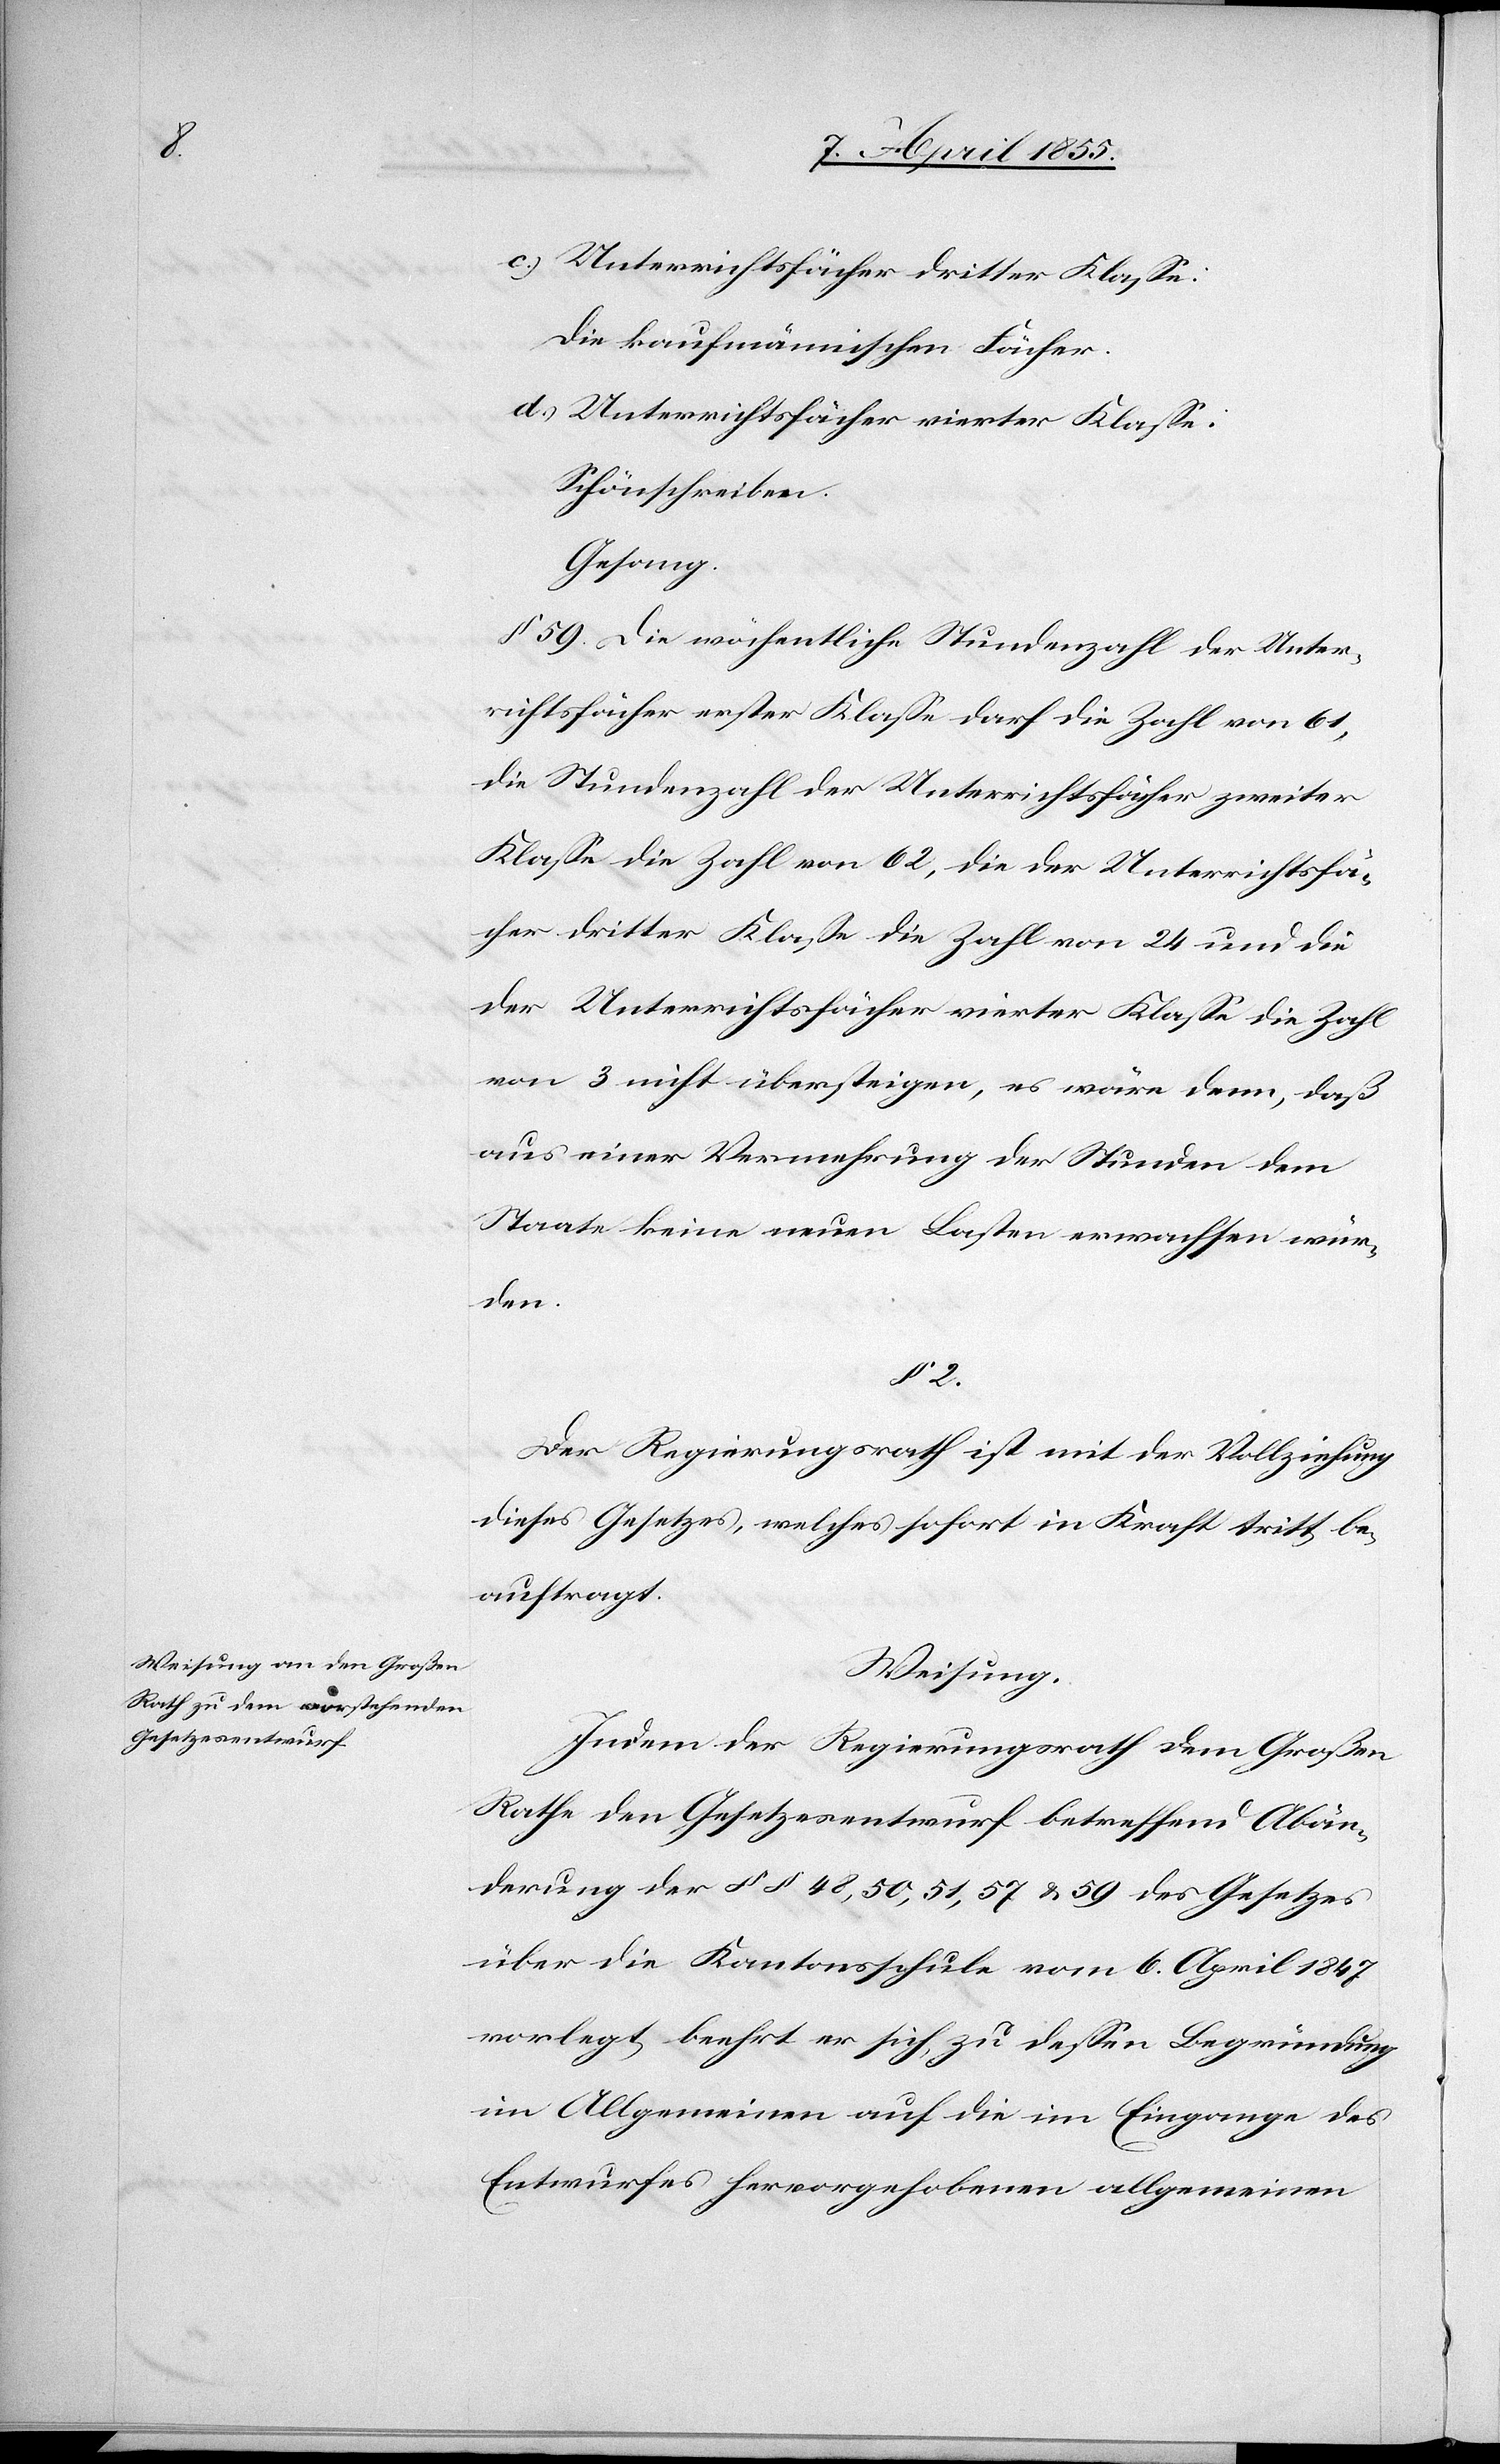
2.

Unterrichtsfächer dritter Klasse:
Die kaufmännischen Fächer.
Unterrichtsfächer vierter Klasse:
Schönschreiben.
Gesang.
§ 59. Die wöchentliche Stundenzahl der Unter¬
richtsfächer erster Klasse darf die Zahl von 61,
die Stundenzahl der Unterrichtsfächer zweiter
Klasse die Zahl von 62, die der Unterrichtsfä¬
cher dritter Klasse die Zahl von 24 und die
der Unterrichtsfächer vierter Klasse die Zahl
von 3 nicht übersteigen, es wäre denn, daß
aus einer Vermehrung der Stunden dem
Staate keine neuen Lasten erwachsen wür¬
den.
Der Regierungsrath ist mit der Vollziehung
dieses Gesetzes, welches sofort in Kraft tritt be¬
auftragt.
Weisung.
Indem der Regierungsrath dem Großen
Rathe den Gesetzesentwurf betreffend Abän¬
derung der §§ 48, 50, 51, 57 & 59 des Gesetzes
über die Kantonsschule vom 6. April 1847
vorlegt, beehrt er sich, zu dessen Begründung
im Allgemeinen auf die im Eingange des
Entwurfes hervorgehobenen allgemeinen